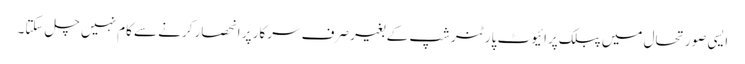
ایسی صورتحال میں پبلک پرائیوٹ پارٹنرشپ کے بغیر صرف سرکار پر انحصار کرنے سے کام نہیں چل سکتا۔